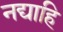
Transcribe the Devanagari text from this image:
नद्याहि